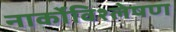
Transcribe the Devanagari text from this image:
नार्कोविश्लेषण